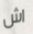
اش